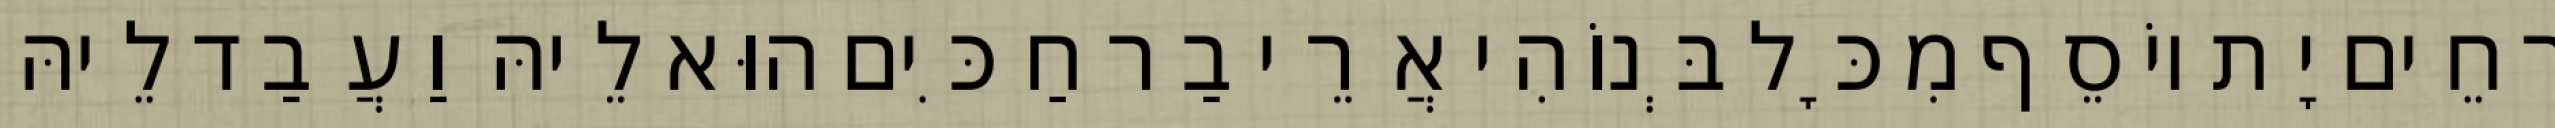
רְחֵים יָת יוֹסֵף מִכָּל בְּנוֹהִי אֲרֵי בַר חַכִּים הוּא לֵיהּ וַעֲבַד לֵיהּ